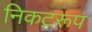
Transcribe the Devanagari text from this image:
निकटरूप